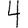
Digit: 4